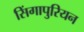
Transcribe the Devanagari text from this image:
सिंगापुरियन